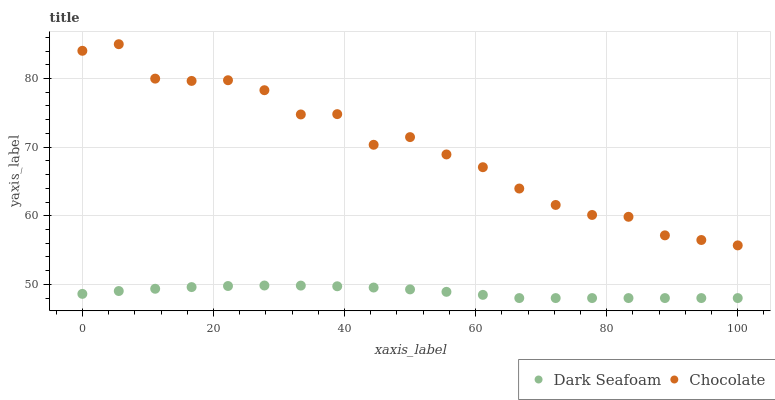
| xaxis_label | Dark Seafoam | Chocolate |
 | --- | --- | --- |
 | 0 | 48.6 | 84 |
 | 5.56 | 49 | 85 |
 | 11.1 | 49.4 | 80 |
 | 16.7 | 49.6 | 79.6 |
 | 22.2 | 49.8 | 79.7 |
 | 27.8 | 49.8 | 78.3 |
 | 33.3 | 49.8 | 74.8 |
 | 38.9 | 49.7 | 74.8 |
 | 44.4 | 49.5 | 70.3 |
 | 50 | 49.3 | 71.5 |
 | 55.6 | 48.9 | 68.9 |
 | 61.1 | 48.5 | 67.1 |
 | 66.7 | 48 | 64 |
 | 72.2 | 48 | 61.6 |
 | 77.8 | 48 | 60.1 |
 | 83.3 | 48 | 59.8 |
 | 88.9 | 48 | 57.1 |
 | 94.4 | 48 | 56.5 |
 | 100 | 48 | 55.7 |